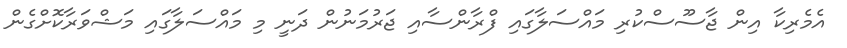
އެމެރިކާ އިން ޖާސޫސްކުރި މައްސަލާގައި ފްރާންސާއި ޖަރުމަނުން ދަނީ މި މައްސަލާގައި މަޝްވަރާކޮށްގެން